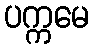
ပက္ကမေ